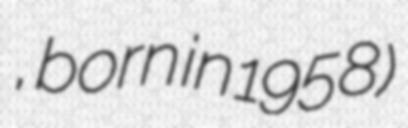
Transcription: اللمع, born in 1958)